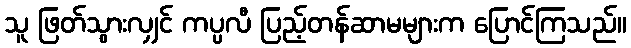
သူ ဖြတ်သွားလျှင် ကပ္ပလီ ပြည့်တန်ဆာမများက ပြောင်ကြသည်။